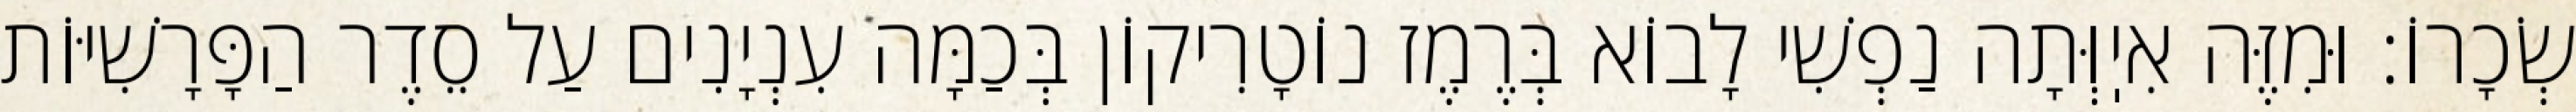
שְׂכָרוֹ: וּמִזֶּה אִיֽוְּתָה נַפְשִׁי לָבוֹא בְּרֶמֶז נוֹטָרִיקוֹן בְּכַמָּה עִנְיָנִים עַל סֵדֶר הַפָּרָשִׁיּוֹת